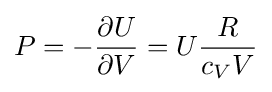
P=-{\frac {\partial U}{\partial V}}=U{\frac {R}{c_{V}V}}